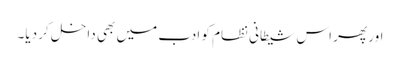
اور پھر اس شیطانی نظام کو ادب میں بھی داخل کر دیا۔